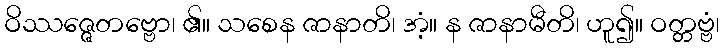
ဝိဿဇ္ဇေတဗ္ဗော၊ ၏။ သစေန ဇာနာတိ၊ အံ့။ န ဇာနာမီတိ၊ ဟူ၍။ ဝတ္တဗ္ဗံ၊